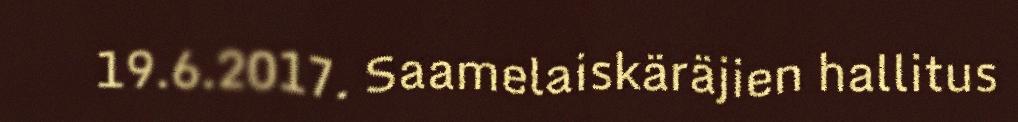
19.6.2017. Saamelaiskäräjien hallitus